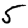
Digit: 5